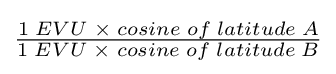
{\begin{matrix}{\frac {1\;EVU\;\times \;cosine\;of\;latitude\;A}{1\;EVU\;\times \;cosine\;of\;latitude\;B}}\end{matrix}}